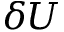
\delta U